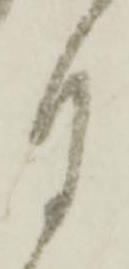
月